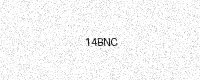
Text: 14BNC